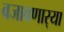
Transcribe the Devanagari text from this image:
बजावणार्‍या